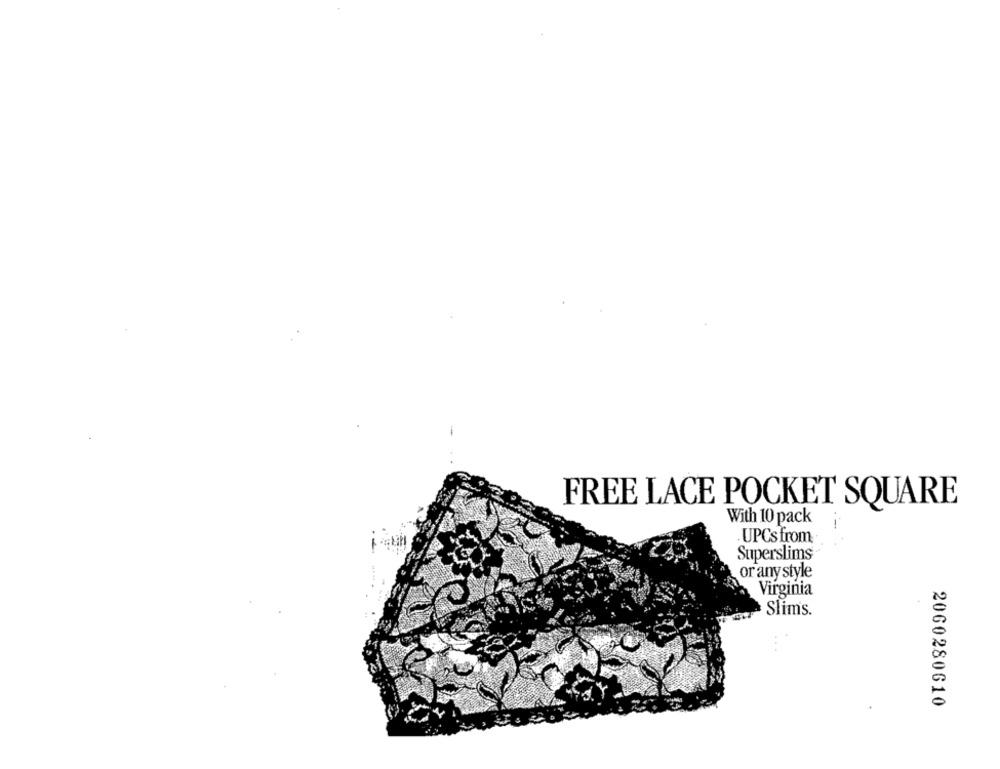
FREE LACE POCKET SQUARE
With 10 pack
UPCs from
Superslims
or any style
Virginia
Slim's
2060280610